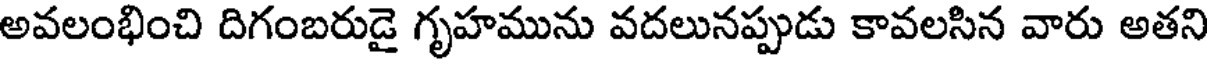
అవలంభించి దిగంబరుడై గృహమును వదలునప్పుడు కావలసిన వారు అతని